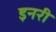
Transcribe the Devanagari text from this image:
इनरी